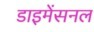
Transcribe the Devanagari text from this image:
डाइमेंसनल